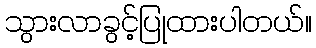
သွားလာခွင့်ပြုထားပါတယ်။